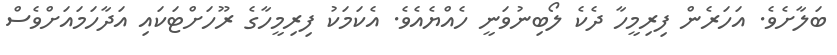
ބަލާށެވެ. އަހަރެން ފިރިމީހާ ދެކެ ލޯބިނުވަނީ ހެއްޔެއެވެ. އެކަމަކު ފިރިމީހާގެ ރޫހަށްޓަކައި އަދާހަމައަށްވެސް